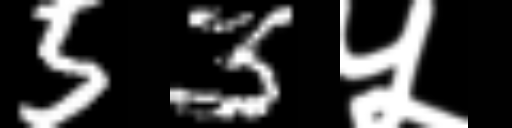
Text: 53५